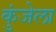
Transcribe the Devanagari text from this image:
कुंजेला